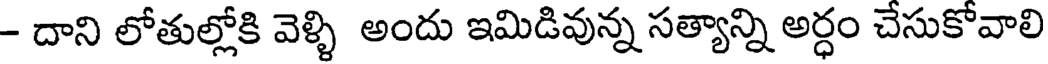
- దాని లోతుల్లోకి వెళ్ళి అందు ఇమిడివున్న సత్యాన్ని అర్ధం చేసుకోవాలి